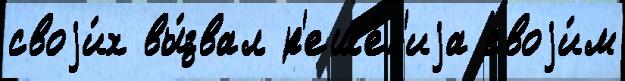
своjи́х вы́звал р'еше́н'иjа своjи́м